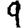
Digit: 9